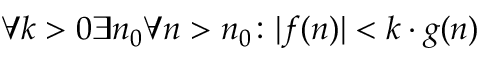
\forall k > 0 \exists n _ { 0 } \forall n > n _ { 0 } \colon | f ( n ) | < k \cdot g ( n )